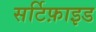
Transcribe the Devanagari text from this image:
सर्टिफ़ाइड